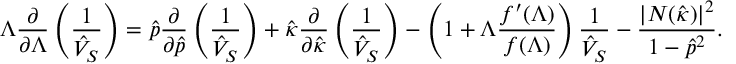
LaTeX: \Lambda \frac { \partial } { \partial \Lambda } \left( \frac { 1 } { \hat { V } _ { S } } \right) = \hat { p } \frac { \partial } { \partial \hat { p } } \left( \frac { 1 } { \hat { V } _ { S } } \right) + \hat { \kappa } \frac { \partial } { \partial \hat { \kappa } } \left( \frac { 1 } { \hat { V } _ { S } } \right) - \left( 1 + \Lambda \frac { f ^ { \prime } ( \Lambda ) } { f ( \Lambda ) } \right) \frac { 1 } { \hat { V } _ { S } } - \frac { | { \cal N } ( \hat { \kappa } ) | ^ { 2 } } { 1 - \hat { p } ^ { 2 } } .